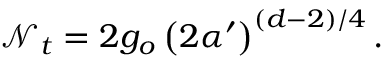
\mathcal { N } _ { t } = 2 g _ { o } \left( 2 \alpha ^ { \prime } \right) ^ { ( d - 2 ) / 4 } .